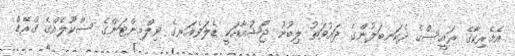
އެމެރިކާގެ ރައީސްގެ ދެކަނބަލުންގެ ދައުވަތު ލިބުނު ޖޯޝުއާއަކީ ޑެލަވެއަރގެ ވިލްމިންޓަންގެ ސްކޫލެއްގެ ގްރޭޑް